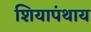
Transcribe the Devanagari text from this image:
शियापंथाय